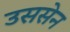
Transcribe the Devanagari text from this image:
उससेन